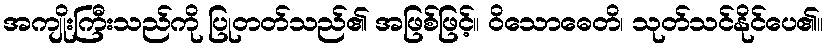
အကျိုးကြီးသည်ကို ပြုတတ်သည်၏ အဖြစ်ဖြင့်။ ဝိသောဓေတိ၊ သုတ်သင်နိုင်ပေ၏။